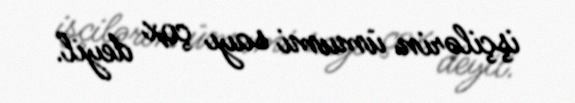
işçilərin ümumi sayı çox deyil.